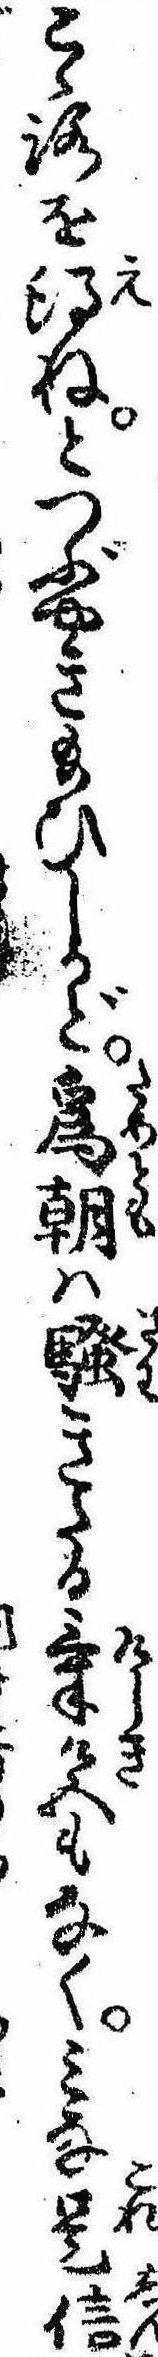
こゝろを得ねとつぶやき給ひしかど為朝は騒きたる気色もなくみな是信